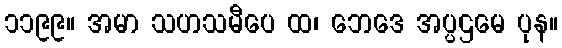
၁၁၉၉။ အမာ သဟသမီပေ ထ၊ ဘေဒေ အပ္ပဌမေ ပုန။